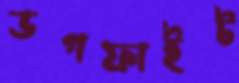
ডগফাইট